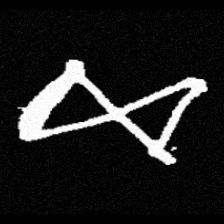
Pyu character \u2014 Myanmar letter: ဆ (romanized: cha)